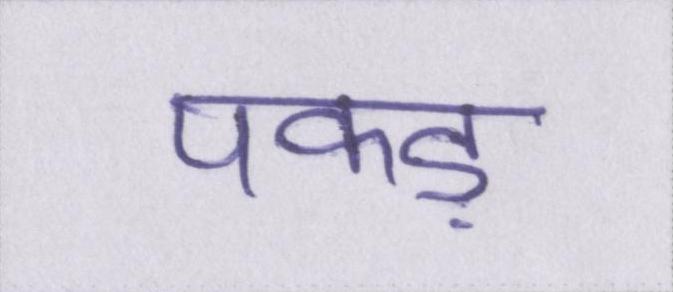
पकड़